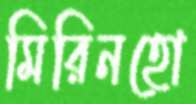
মিরিনহো